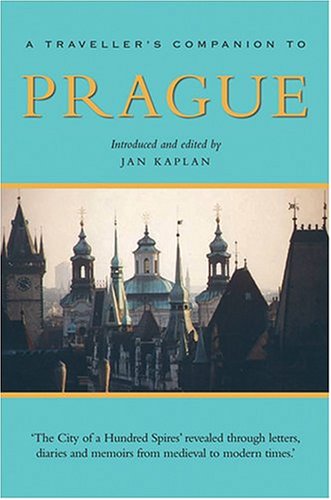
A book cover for A Traveller's Companion to Prague; Travel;